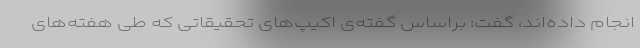
انجام داده‌اند، گفت: براساس گفته‌ی اکیپ‌های تحقیقاتی که طی هفته‌های